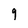
Character: 9